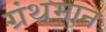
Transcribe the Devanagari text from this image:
ग्रंथमान